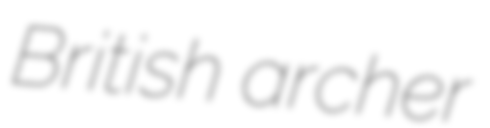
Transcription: British archer